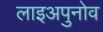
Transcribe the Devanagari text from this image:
लाइअपुनोव